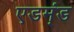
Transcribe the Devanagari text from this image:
एडम्ंड